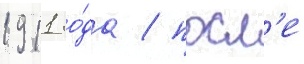
1911 го́да / посл'е